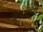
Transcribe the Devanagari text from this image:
चपलांनी